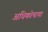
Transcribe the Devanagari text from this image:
अधिकोषाचा